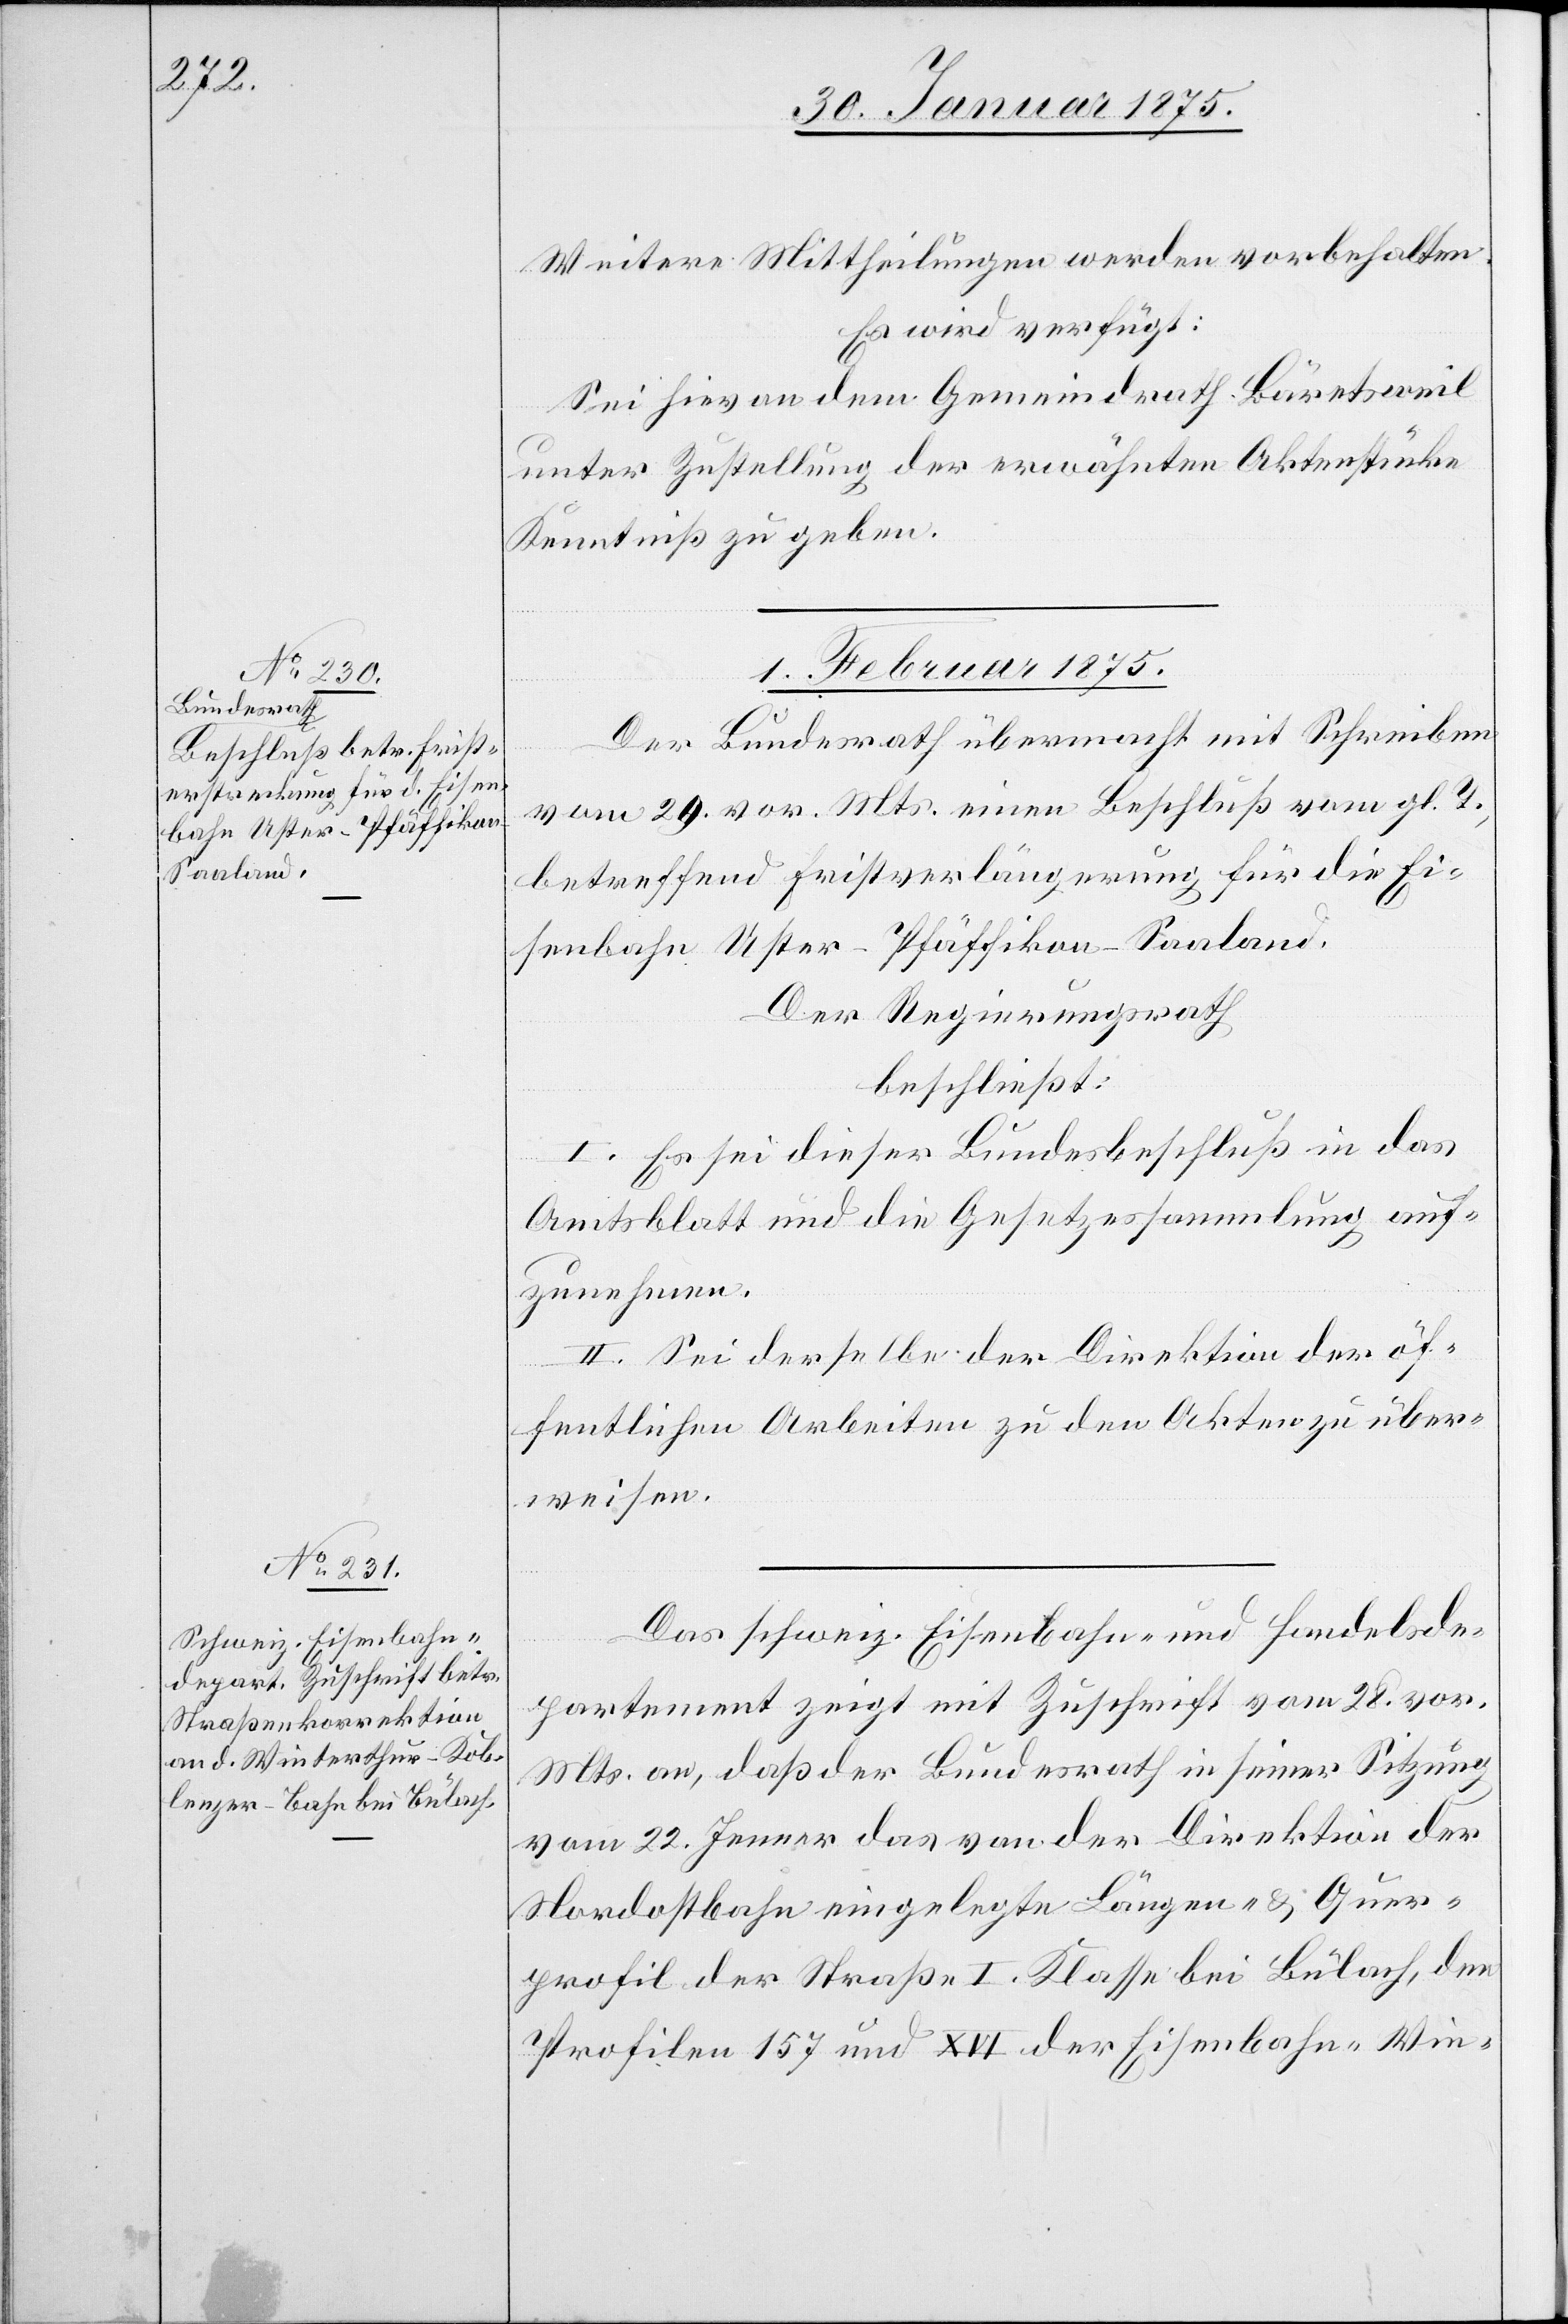
Weitere Mittheilungen werden vorbehalten.
Es wird verfügt:
Sei hievon dem Gemeindrath Bäretsweil
ter-
unter Zustellung der erwähnten Aktenstücke
Kenntniß zu geben.
1. Februar 1875.]
Der Bundesrath übermacht mit Schreiben
vom 29. vor. Mts. einen Beschluß vom gl. T.,
betreffend Fristverlängerung für die Ei¬
senbahn Uster–Pfäffikon–Saaland.
Der Regierungsrath
beschließt:
I. Es sei dieser Bundesbeschluß in das
Amtsblatt und die Gesetzessammlung auf¬
zunehmen.
II. Sei derselbe der Direktion der öf¬
fentlichen Arbeiten zu den Akten zu über¬
weisen.
Das schweiz. Eisenbahn- und Handelsde¬
partement zeigt mit Zuschrift vom 28. vor.
Mts. an, daß der Bundesrath in seiner Sitzung
vom 22. Jenner das von der Direktion der
Nordostbahn eingelegte Längen- & Quer¬
profil der Straße I. Klasse bei Bülach, den
Profilen 157 und XVI der Eisenbahn-Win¬